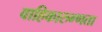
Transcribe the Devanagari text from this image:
वाहिकारुग्णता